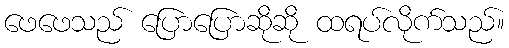
ဖေဖေသည် ပြောပြောဆိုဆို ထရပ်လိုက်သည်။